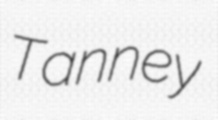
Tanney